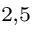
^ { 2 , 5 }